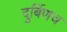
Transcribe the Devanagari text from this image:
दुर्बिणच